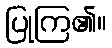
ပြုကြ၏။